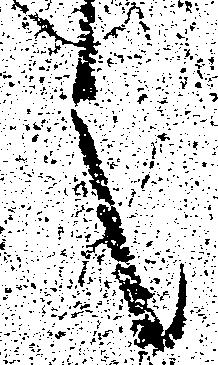
言